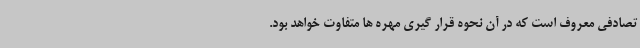
تصادفی معروف است که در آن نحوه قرار گیری مهره ها متفاوت خواهد بود.